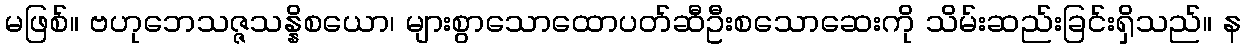
မဖြစ်။ ဗဟုဘေသဇ္ဇသန္နိစယော၊ များစွာသောထောပတ်ဆီဦးစသောဆေးကို သိမ်းဆည်းခြင်းရှိသည်။ န